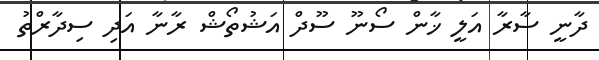
ދާނީ ސާރާ އަލީ ޚާން ސޯނޫ ސޫދް އަޝުތޯޝް ރާނާ އަދި ސިދާރްތު